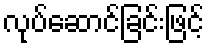
လုပ်ဆောင်ခြင်းဖြင့်